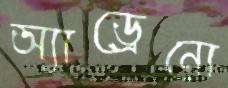
অ্যাড্রেনো